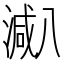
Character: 𱨐